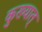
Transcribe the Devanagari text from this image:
कुख्यात्